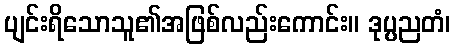
ပျင်းရိသောသူ၏အဖြစ်လည်းကောင်း။ ဒုပ္ပညတံ၊